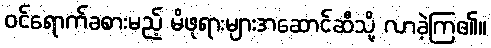
ဝင်ရောက်ခစားမည့် မိဖုရားများအဆောင်ဆီသို့ လာခဲ့ကြ၏။